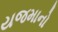
યજમાનો